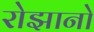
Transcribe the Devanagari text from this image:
रोझानो